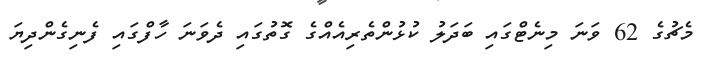
މެޗުގެ 62 ވަނަ މިނެޓްގައި ބަދަލު ކުޅުންތެރިއެއްގެ ގޮތުގައި ދެވަނަ ހާފްގައި ފެނިގެންދިޔަ